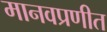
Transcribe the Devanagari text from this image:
मानवप्रणीत